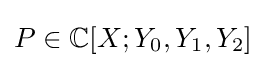
P\in \mathbb {C} [X;Y_{0},Y_{1},Y_{2}]